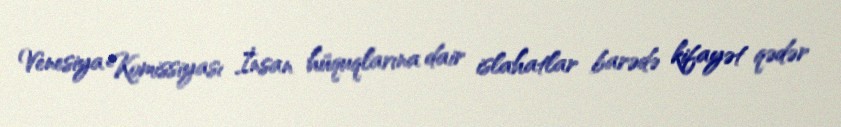
Venesiya Komissiyası İnsan hüquqlarına dair islahatlar barədə kifayət qədər